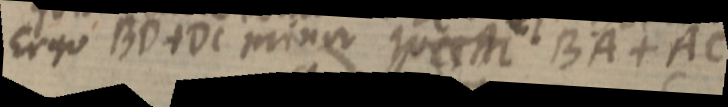
Ergo BD + DC minor quem BA + AC